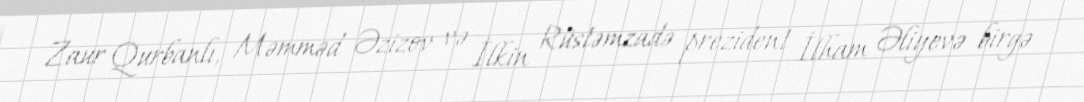
Zaur Qurbanlı, Məmməd Əzizov və İlkin Rüstəmzadə prezident İlham Əliyevə birgə